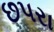
છપરા